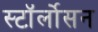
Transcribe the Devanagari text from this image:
स्टॉर्लोसन